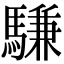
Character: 𫘕